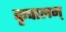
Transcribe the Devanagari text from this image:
कृपालम्